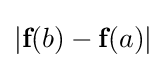
|{\textbf {f}}(b)-{\textbf {f}}(a)|